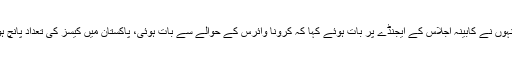
قبل ازیں انہوں نے کابینہ اجلاس کے ایجنڈے پر بات ہوئے کہا کہ کرونا وائرس کے حوالے سے بات ہوئی، پاکستان میں کیسز کی تعداد پانچ ہو گئی ہے۔